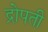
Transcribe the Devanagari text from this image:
द्रोपती